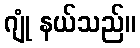
ဂျုံ နယ်သည်။